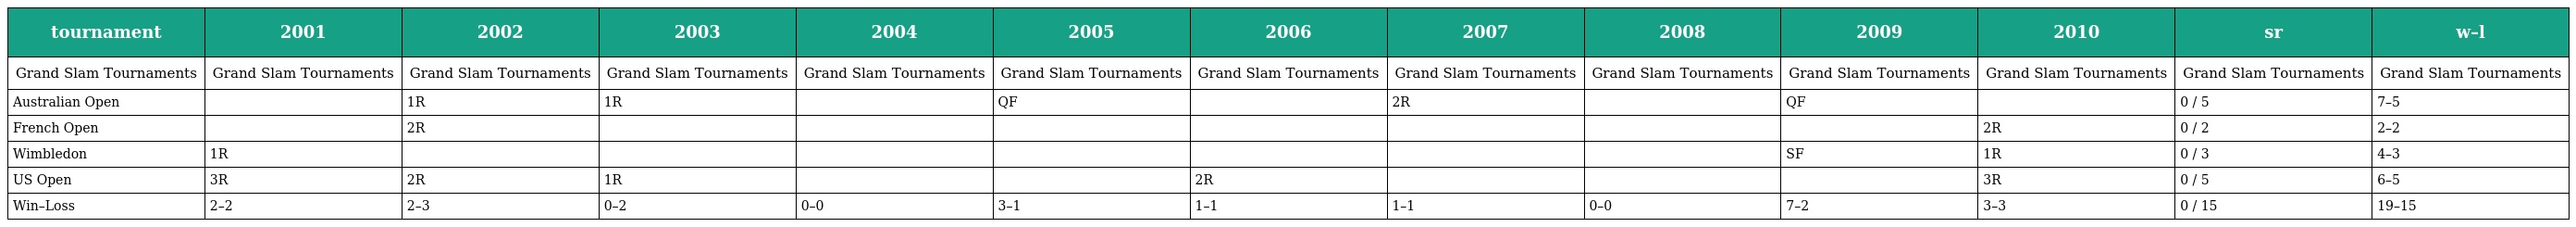
| tournament | 2001 | 2002 | 2003 | 2004 | 2005 | 2006 | 2007 | 2008 | 2009 | 2010 | sr | w–l |
 | --- | --- | --- | --- | --- | --- | --- | --- | --- | --- | --- | --- | --- |
 | Grand Slam Tournaments | Grand Slam Tournaments | Grand Slam Tournaments | Grand Slam Tournaments | Grand Slam Tournaments | Grand Slam Tournaments | Grand Slam Tournaments | Grand Slam Tournaments | Grand Slam Tournaments | Grand Slam Tournaments | Grand Slam Tournaments | Grand Slam Tournaments | Grand Slam Tournaments |
 | Australian Open |  | 1R | 1R |  | QF |  | 2R |  | QF |  | 0 / 5 | 7–5 |
 | French Open |  | 2R |  |  |  |  |  |  |  | 2R | 0 / 2 | 2–2 |
 | Wimbledon | 1R |  |  |  |  |  |  |  | SF | 1R | 0 / 3 | 4–3 |
 | US Open | 3R | 2R | 1R |  |  | 2R |  |  |  | 3R | 0 / 5 | 6–5 |
 | Win–Loss | 2–2 | 2–3 | 0–2 | 0–0 | 3–1 | 1–1 | 1–1 | 0–0 | 7–2 | 3–3 | 0 / 15 | 19–15 |